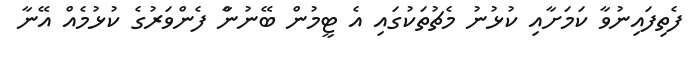
ފެތިފައިނުވާ ކަމަށާއި ކުޅުނު މެޗުތަކުގައި އެ ޓީމުން ބޭނުންާ ފެންވަރުގެ ކުޅުމެއް އޭނާ